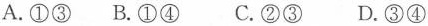
A.①③ B.①④ C.②③ D.③④